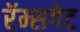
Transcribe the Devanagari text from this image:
रॅम्सगेट